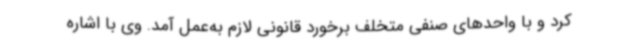
کرد و با واحدهای صنفی متخلف برخورد قانونی لازم به‌عمل آمد. وی با اشاره